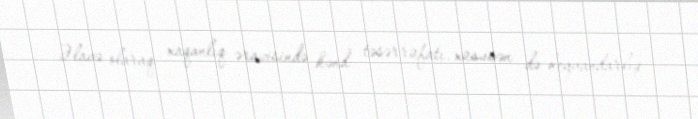
Əlavə olaraq xaqanlıq ərazisində kənd təsərrüfatı, xüsusən də heyvandarlıq